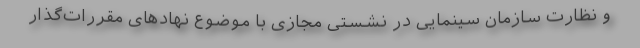
و نظارت سازمان سینمایی در نشستی مجازی با موضوع نهادهای مقررات‌گذار